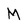
Character: M